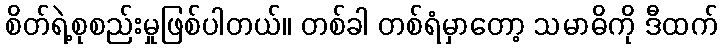
စိတ်ရဲ့စုစည်းမှုဖြစ်ပါတယ်။ တစ်ခါ တစ်ရံမှာတော့ သမာဓိကို ဒီထက်